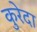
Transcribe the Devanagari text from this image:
कुरेदा